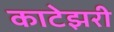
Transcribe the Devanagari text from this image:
काटेझरी